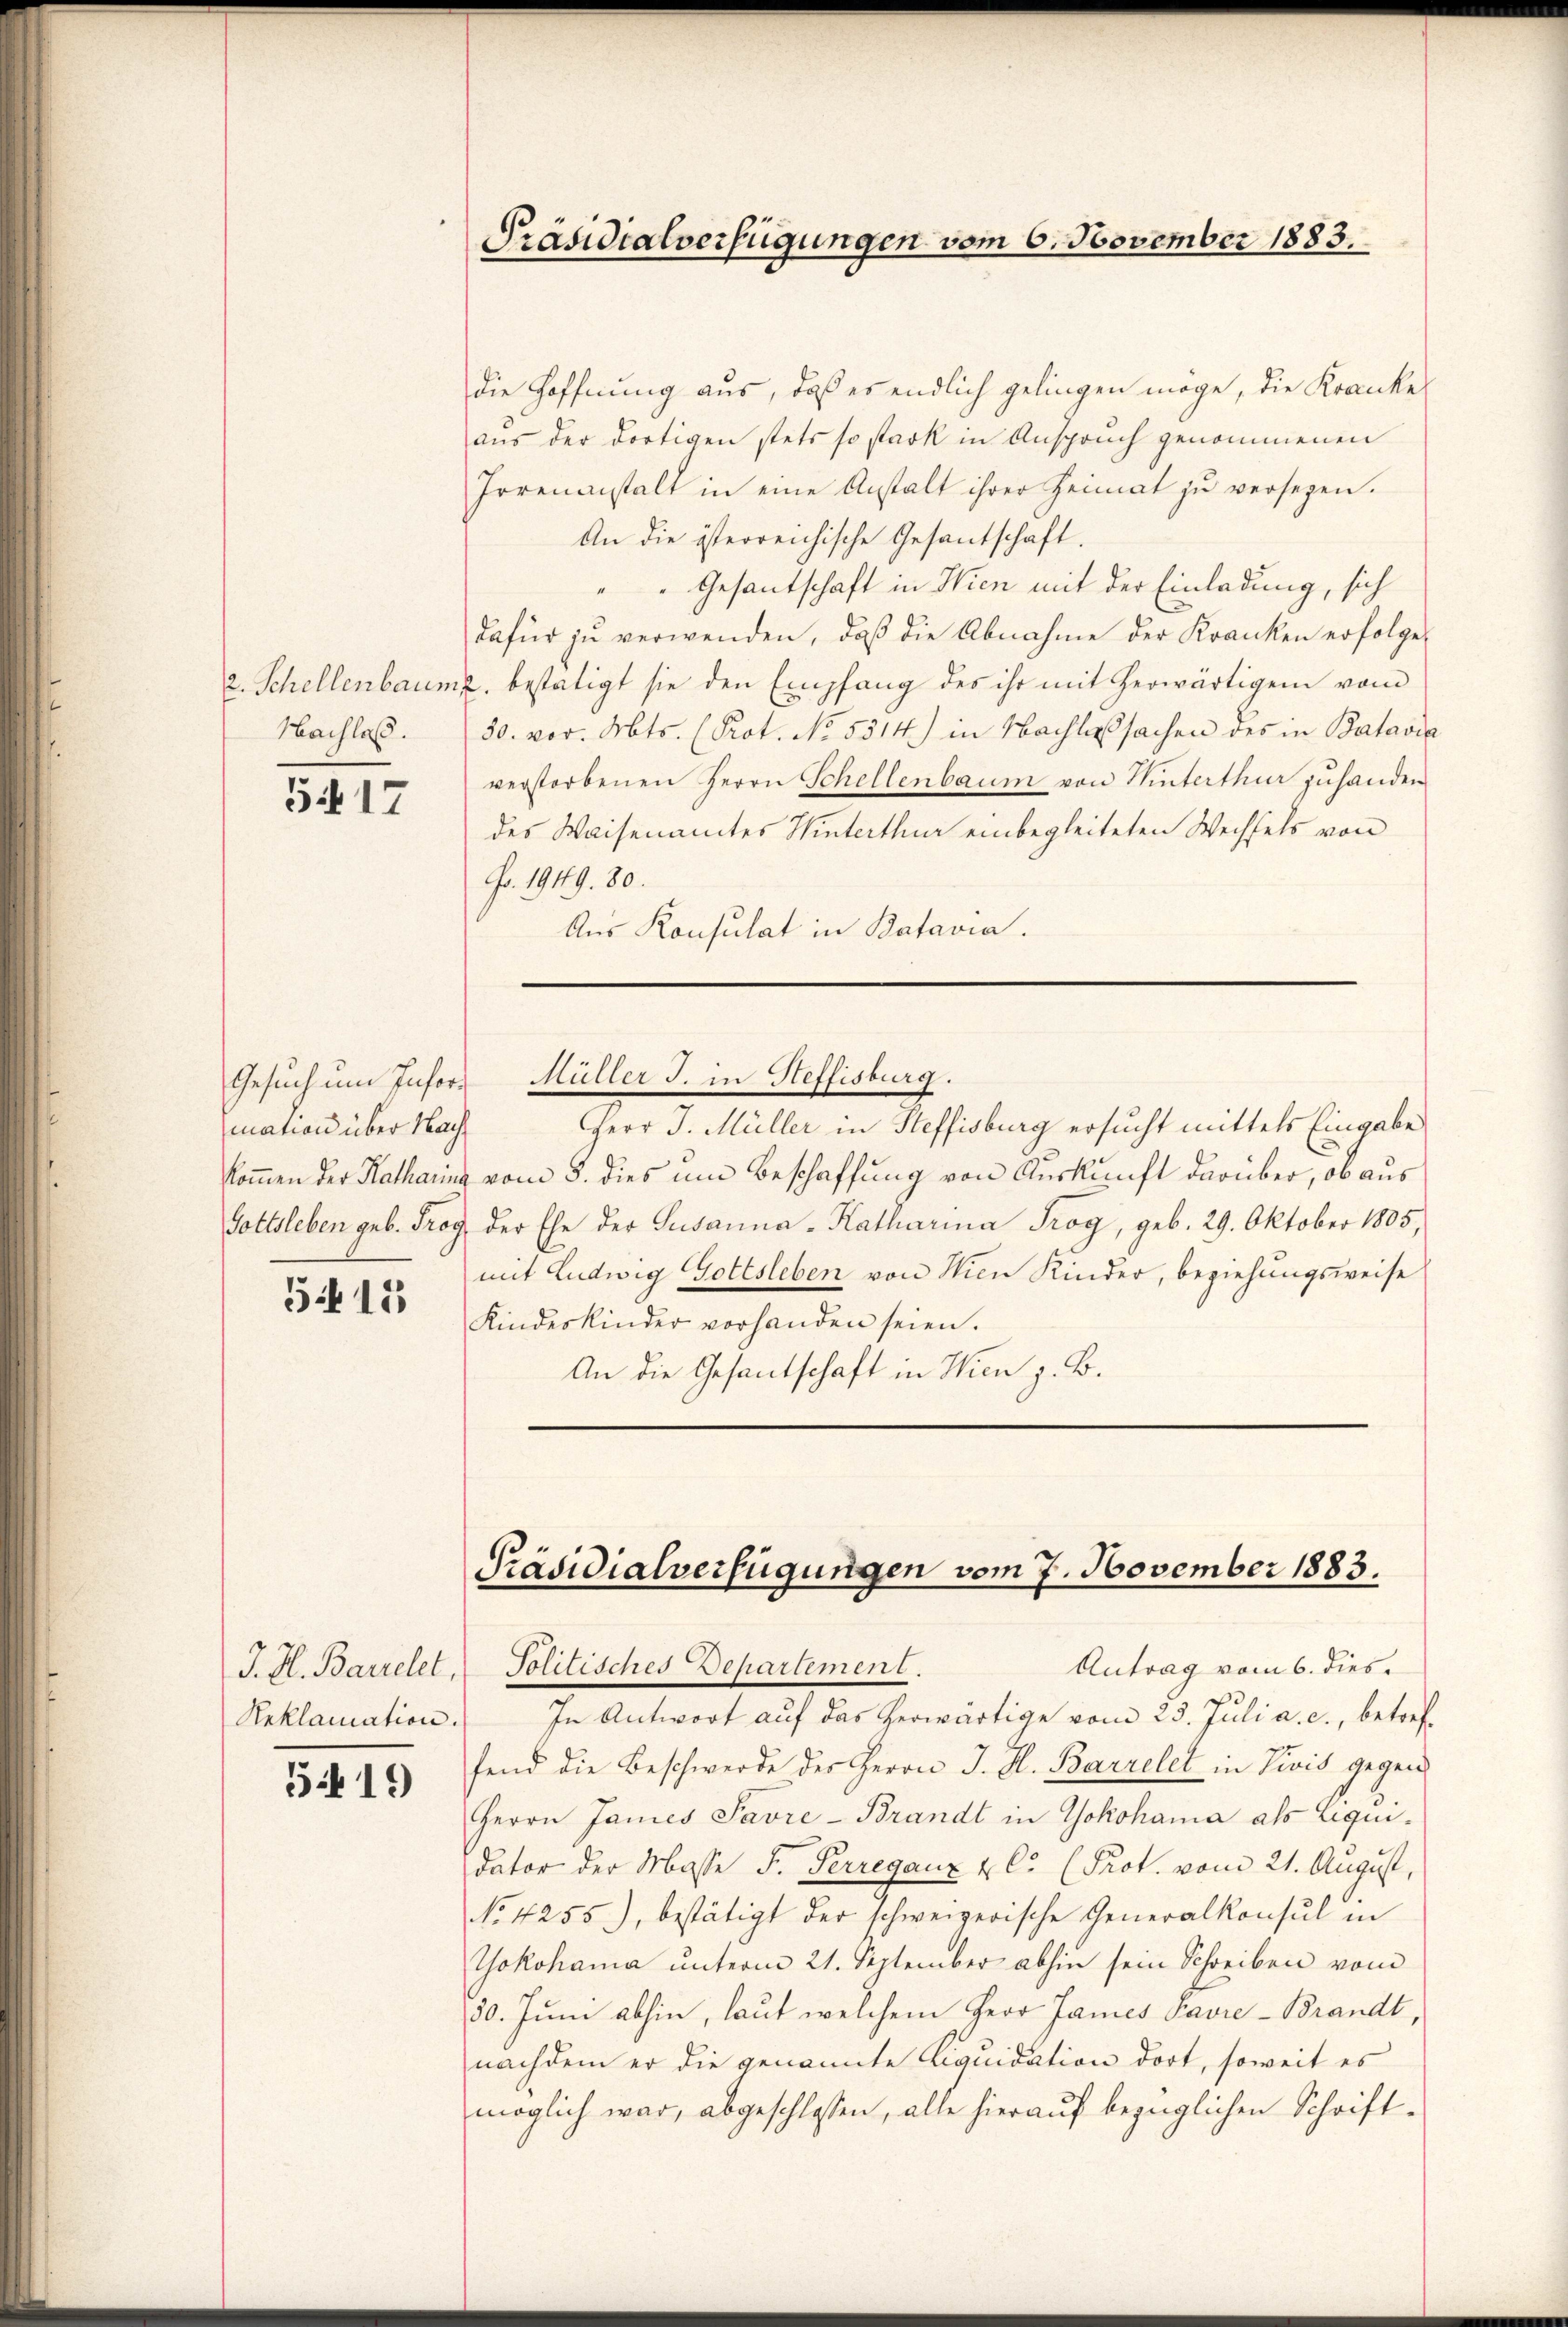
Nachlaß.

5417

mation über Nachkommen der Katharin
Gottsleben geb. Prog

515

J. I. Bautelet,
Reklamation.

54419

Präsidialverfügungen vom 6. November 1883.

die Hoffnung aus, daß es endlich gelingen möge, die Kranke
aus der dortigen stets so stark in Anspruch genommenen
Irrenanstalt in eine Anstalt ihrer Heimat zŭ versegen.
An die österreichische Gesantschaft.
Gesantschaft in Wien mit der Einladung, sich
Dafür zu verwenden, daß die Abnahme der Kranken erfolge
2. Schellenbaum, bestätigt sie den Empfang des ihr mit herwärtigen vom
30. vor. Abts. (Prot. No. 5514) in Nachlassachen des in Batavia
verstorbenen Herrn Schellenbaum von Winterthur zuhanden
des Waisenamtes Winterthur einbegleiteten Wechsels von
Fo. 1949. 80.
Aus Konsulat in Batavia.

Herr J. Müller in Heffisburg ersucht mittels Eingabe
& vom 8. dies um Beschaffung von Auskunft darüber, ob aus
& der Ehe der Susanna-Katharina Trog, geb. 29. Oktober 1805,
mit Ludwig Gottsleben von Wien Kinder, beziehungsweise
Kindeskinder vorhanden seien.
An die Gesandschaft in Wien z. B.

Gesuch um Infor- Müller J. in Steffisburg.

Präsidialverfügungen vom 7. November 1883.
Politisches Departement.

Antrag vom 6. dies
In Antwort auf das herwärtige vom 23. Juli a. c., betreffend die Beschwerde des Herrn J. H. Barrelet in Divis gegen¬
Herrn James Savre-Brandt in Yokohama als Liquidator der Masse F. Perreganz u. C. (Prot. vom 21. August,
No 4255), bestätigt der schweizerische Generalkonsul in
Yokohama unterm 21. September abhin sein Schreiben vom
50. Juni abhin, laut welchem Herr James Favre-Brandt,
nachdem er die genannte Liquidation dort, soweit es
möglich war, abgeschlossen, alle hierauf bezüglichen Schrift¬